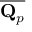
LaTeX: \overline { { \mathbf { Q } _ { p } } }